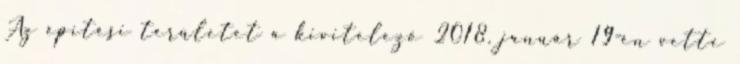
Az építési területet a kivitelező 2018. január 19-én vette